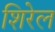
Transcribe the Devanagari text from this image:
शिरेल